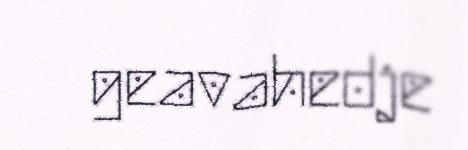
geavahedje